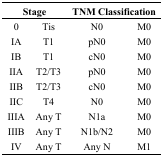
| <COLSPAN=2> Stage | <COLSPAN=2> TNM Classification |
 | --- | --- | --- | --- |
 | 0 | Tis | N0 | M0 |
 | IA | T1 | pN0 | M0 |
 | IB | T1 | cN0 | M0 |
 | IIA | T2/T3 | pN0 | M0 |
 | IIB | T2/T3 | cN0 | M0 |
 | IIC | T4 | N0 | M0 |
 | IIIA | Any T | N1a | M0 |
 | IIIB | Any T | N1b/N2 | M0 |
 | IV | Any T | Any N | M1 |